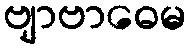
ဗျာဗာဓေမ